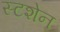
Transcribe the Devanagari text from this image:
स्टशेन